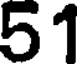
51